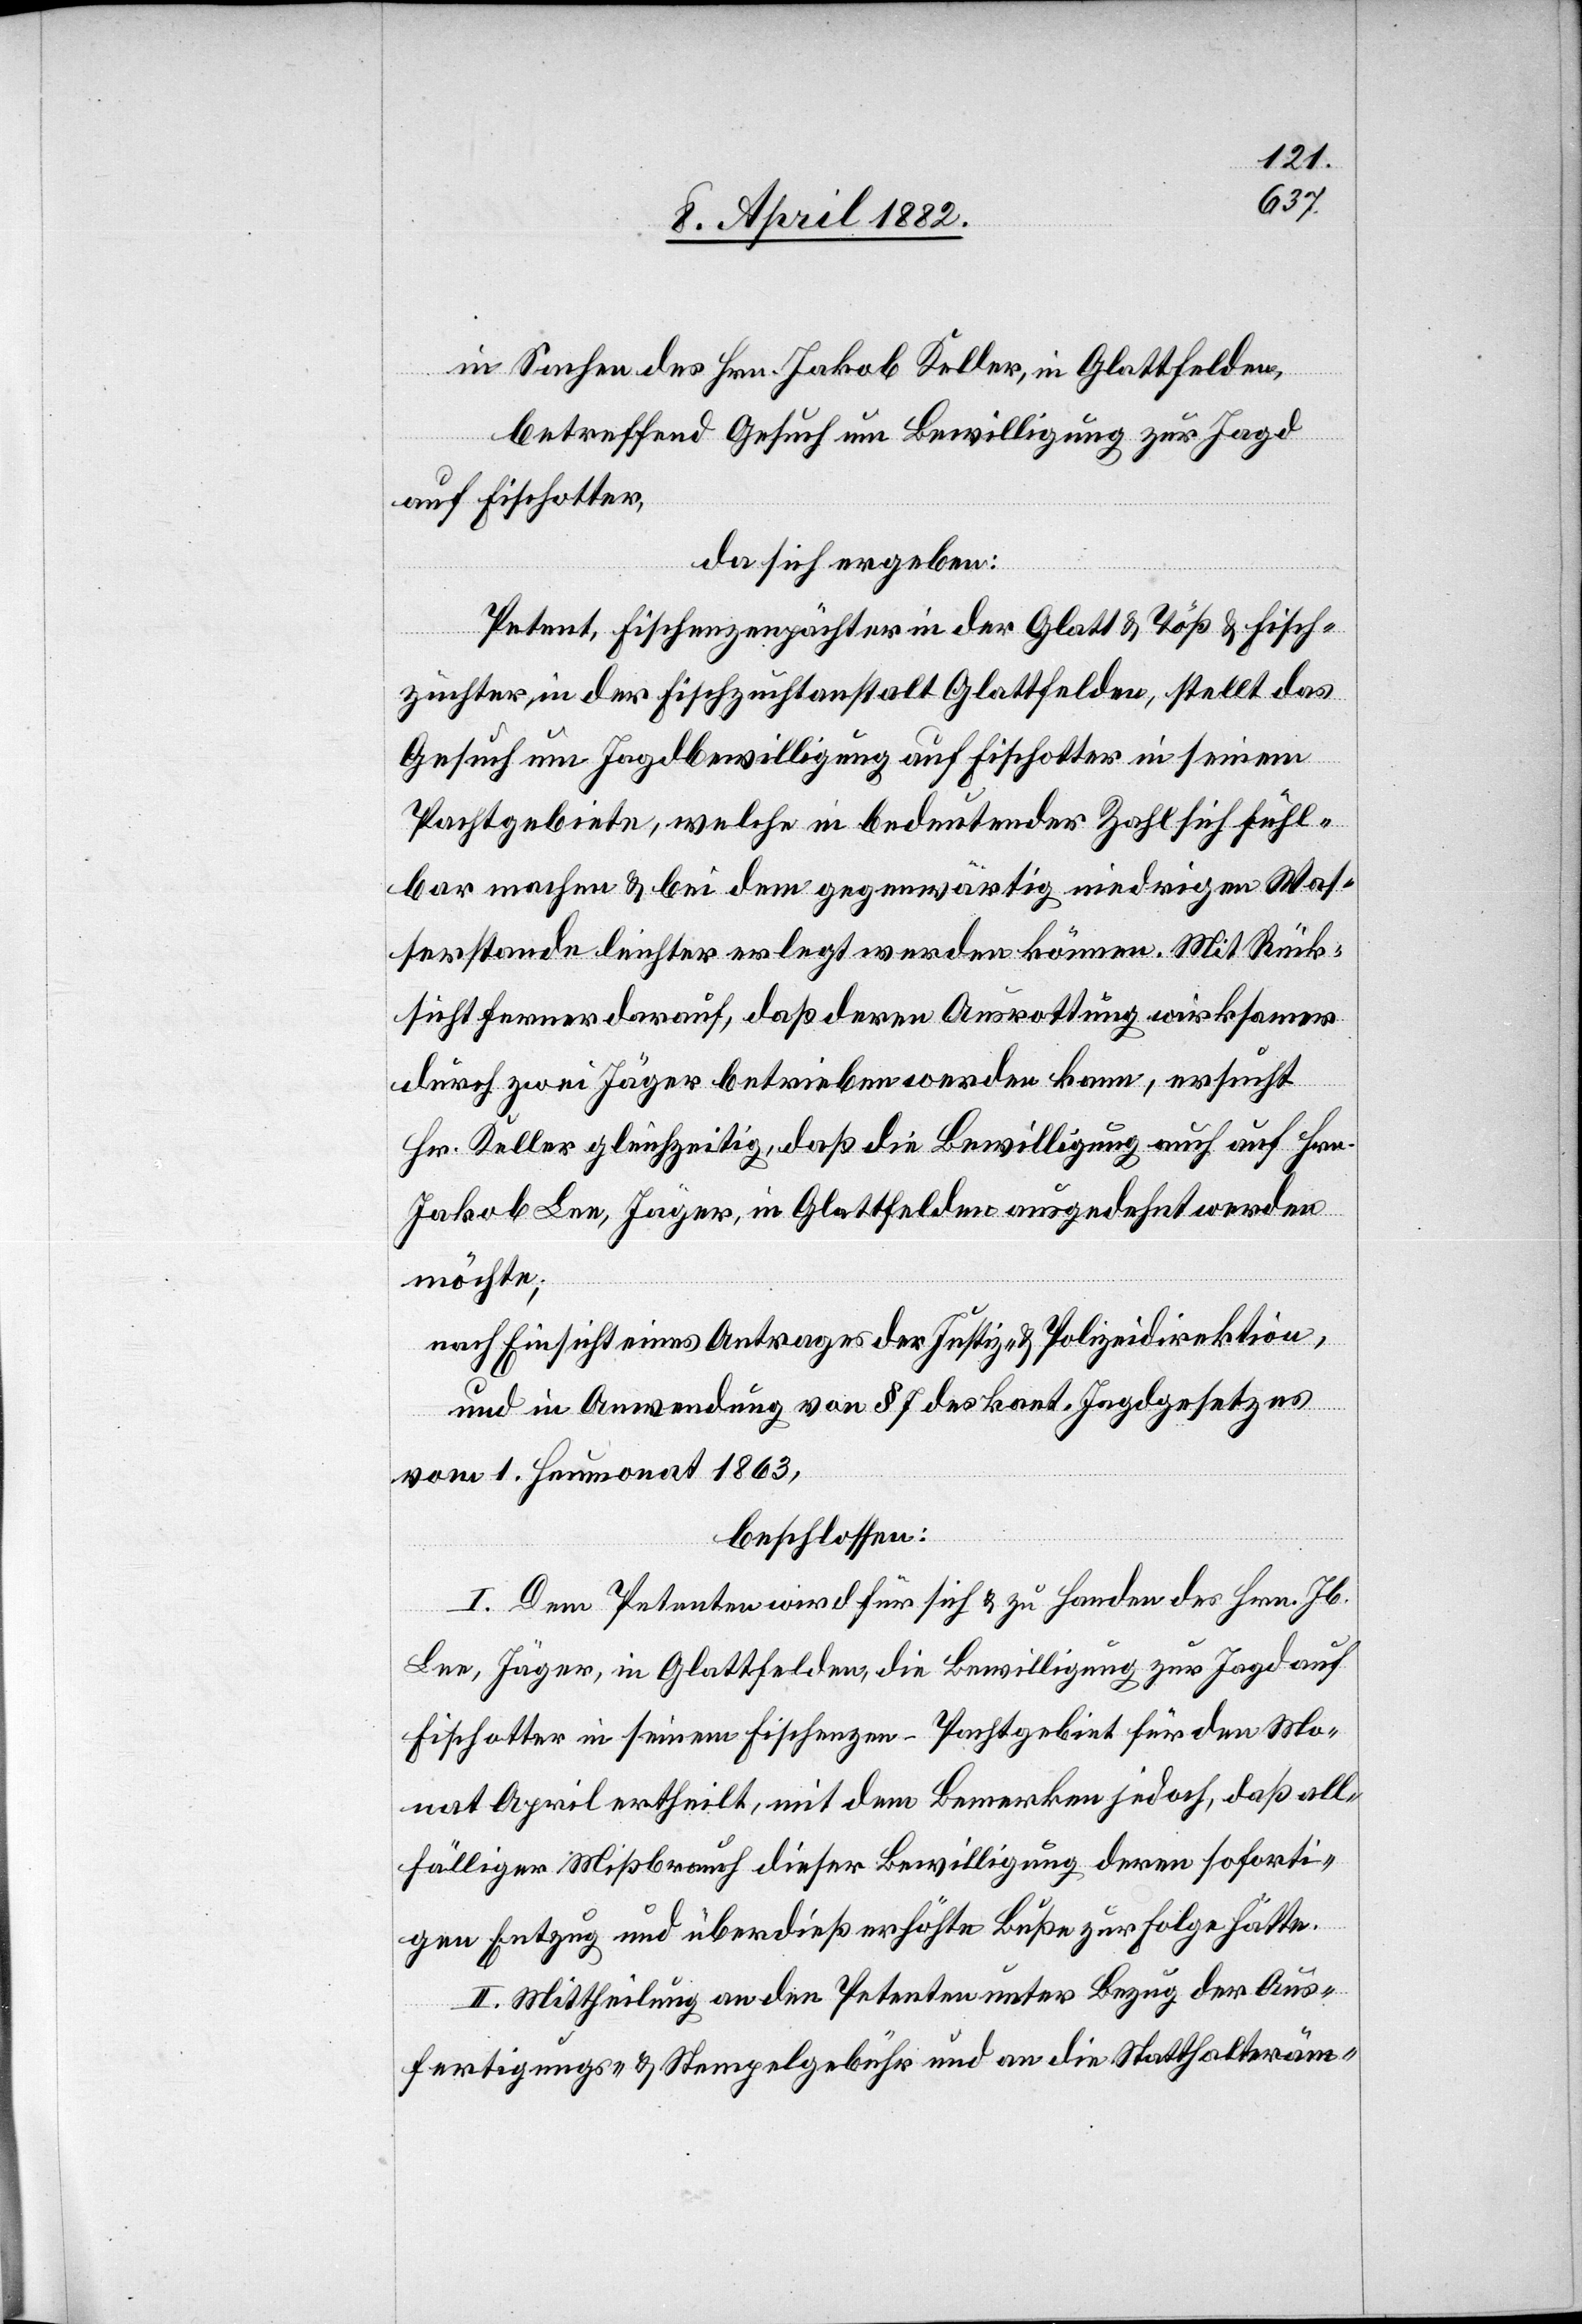
in Sachen des Hrn. Jakob Keller, in Glattfelden,
betreffend Gesuch um Bewilligung zur Jagd
auf Fischotter,
da sich ergeben:
Petent, Fischenzenpächter in der Glatt & Töß & Fisch¬
züchter in der Fischzuchtanstalt Glattfelden, stellt das
Gesuch um Jagdbewilligung auf Fischotter in seinem
Pachtgebiete, welche in bedeutender Zahl sich fühl¬
bar machen & bei dem gegenwärtig niedrigen Was¬
serstande leichter erlegt werden können. Mit Rück¬
sicht ferner darauf, daß deren Ausrottung wirksamer
durch zwei Jäger betrieben werden kann, ersucht
Hr. Keller gleichzeitig, daß die Bewilligung auch auf Hrn.
Jakob Lee, Jäger, in Glattfelden ausgedehnt werden
möchte;
nach Einsicht eines Antrages der Justiz- & Polizeidirektion,
und in Anwendung von § 7 des kant. Jagdgesetzes
vom 1. Heumonat 1863,
beschlossen:
I. Dem Petenten wird für sich & zu Handen des Hrn. Jb.
Lee, Jäger, in Glattfelden, die Bewilligung zur Jagd auf
Fischotter in seinem Fischenzen-Pachtgebiet für den Mo¬
nat April ertheilt, mit dem Bemerken jedoch, daß all¬
fälliger Mißbrauch dieser Bewilligung deren soforti¬
gen Entzug und überdieß erhöhte Buße zur Folge hätte.
II. Mittheilung an den Petenten unter Bezug der Aus¬
fertigungs- & Stempelgebühr und an die Statthalteräm-